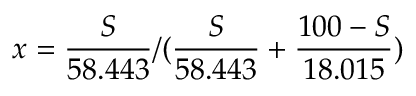
x = \frac { S } { 5 8 . 4 4 3 } / ( \frac { S } { 5 8 . 4 4 3 } + \frac { 1 0 0 - S } { 1 8 . 0 1 5 } )